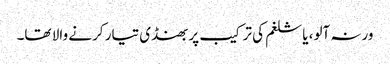
ورنہ آلو، یا شلغم کی ترکیب پر بھنڈی تیار کرنے والا تھا۔